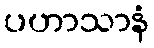
ပဟာသာနံ